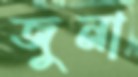
জুনা